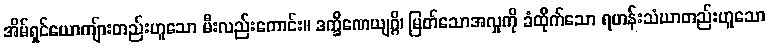
အိမ်ရှင်ယောကျ်ားတည်းဟူသော မီးလည်းကောင်း။ ဒက္ခိဏေယျဂ္ဂိ၊ မြတ်သောအလှုကို ခံထိုက်သော ရဟန်းသံဃာတည်းဟူသော